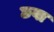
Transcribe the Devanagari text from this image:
छवा